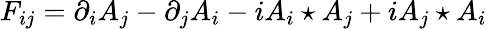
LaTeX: F_{ij}=\partial_{i}A_{j}-\partial_{j}A_{i}-iA_{i}\star A_{j}+iA_{j}\star A_{i}